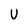
Character: U